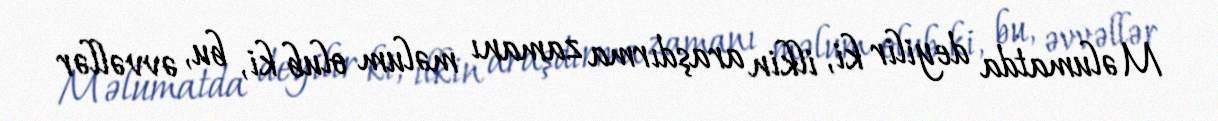
Məlumatda deyilir ki, ilkin araşdırma zamanı məlum olub ki, bu, əvvəllər